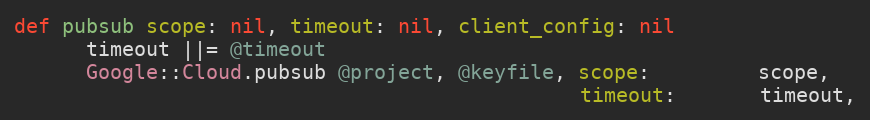
Language: Ruby
def pubsub scope: nil, timeout: nil, client_config: nil
      timeout ||= @timeout
      Google::Cloud.pubsub @project, @keyfile, scope:         scope,
                                               timeout:       timeout,